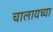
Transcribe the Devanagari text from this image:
चालायच्या